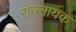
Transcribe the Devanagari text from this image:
राज्नायक